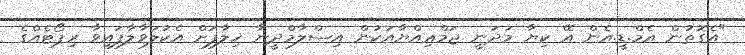
"އެގޮތުން އެމް.ޑީ.އެން އޭ ކިޔާ މަދަނީ ޖަމްޢިއްޔާއަކުން އިސްލާމްދީނާ ޚިލާފަށް އެކުލަވާލާފައިވާ ރިޕޯޓެއްގެ